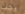
يجب